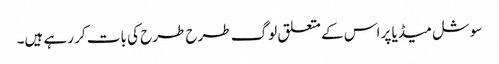
سوشل میڈیا پر اس کے متعلق لوگ طرح طرح کی بات کر رہے ہیں۔